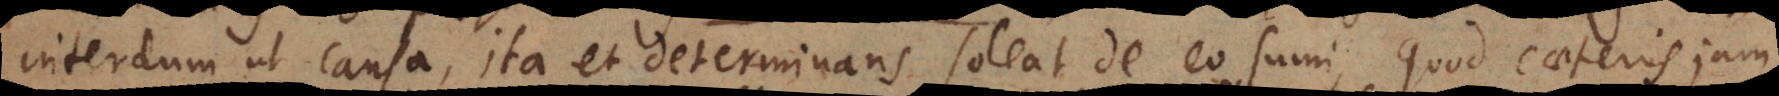
interdum ut causa, ita et determinans soleat de eo sumi, quod caeteris jam